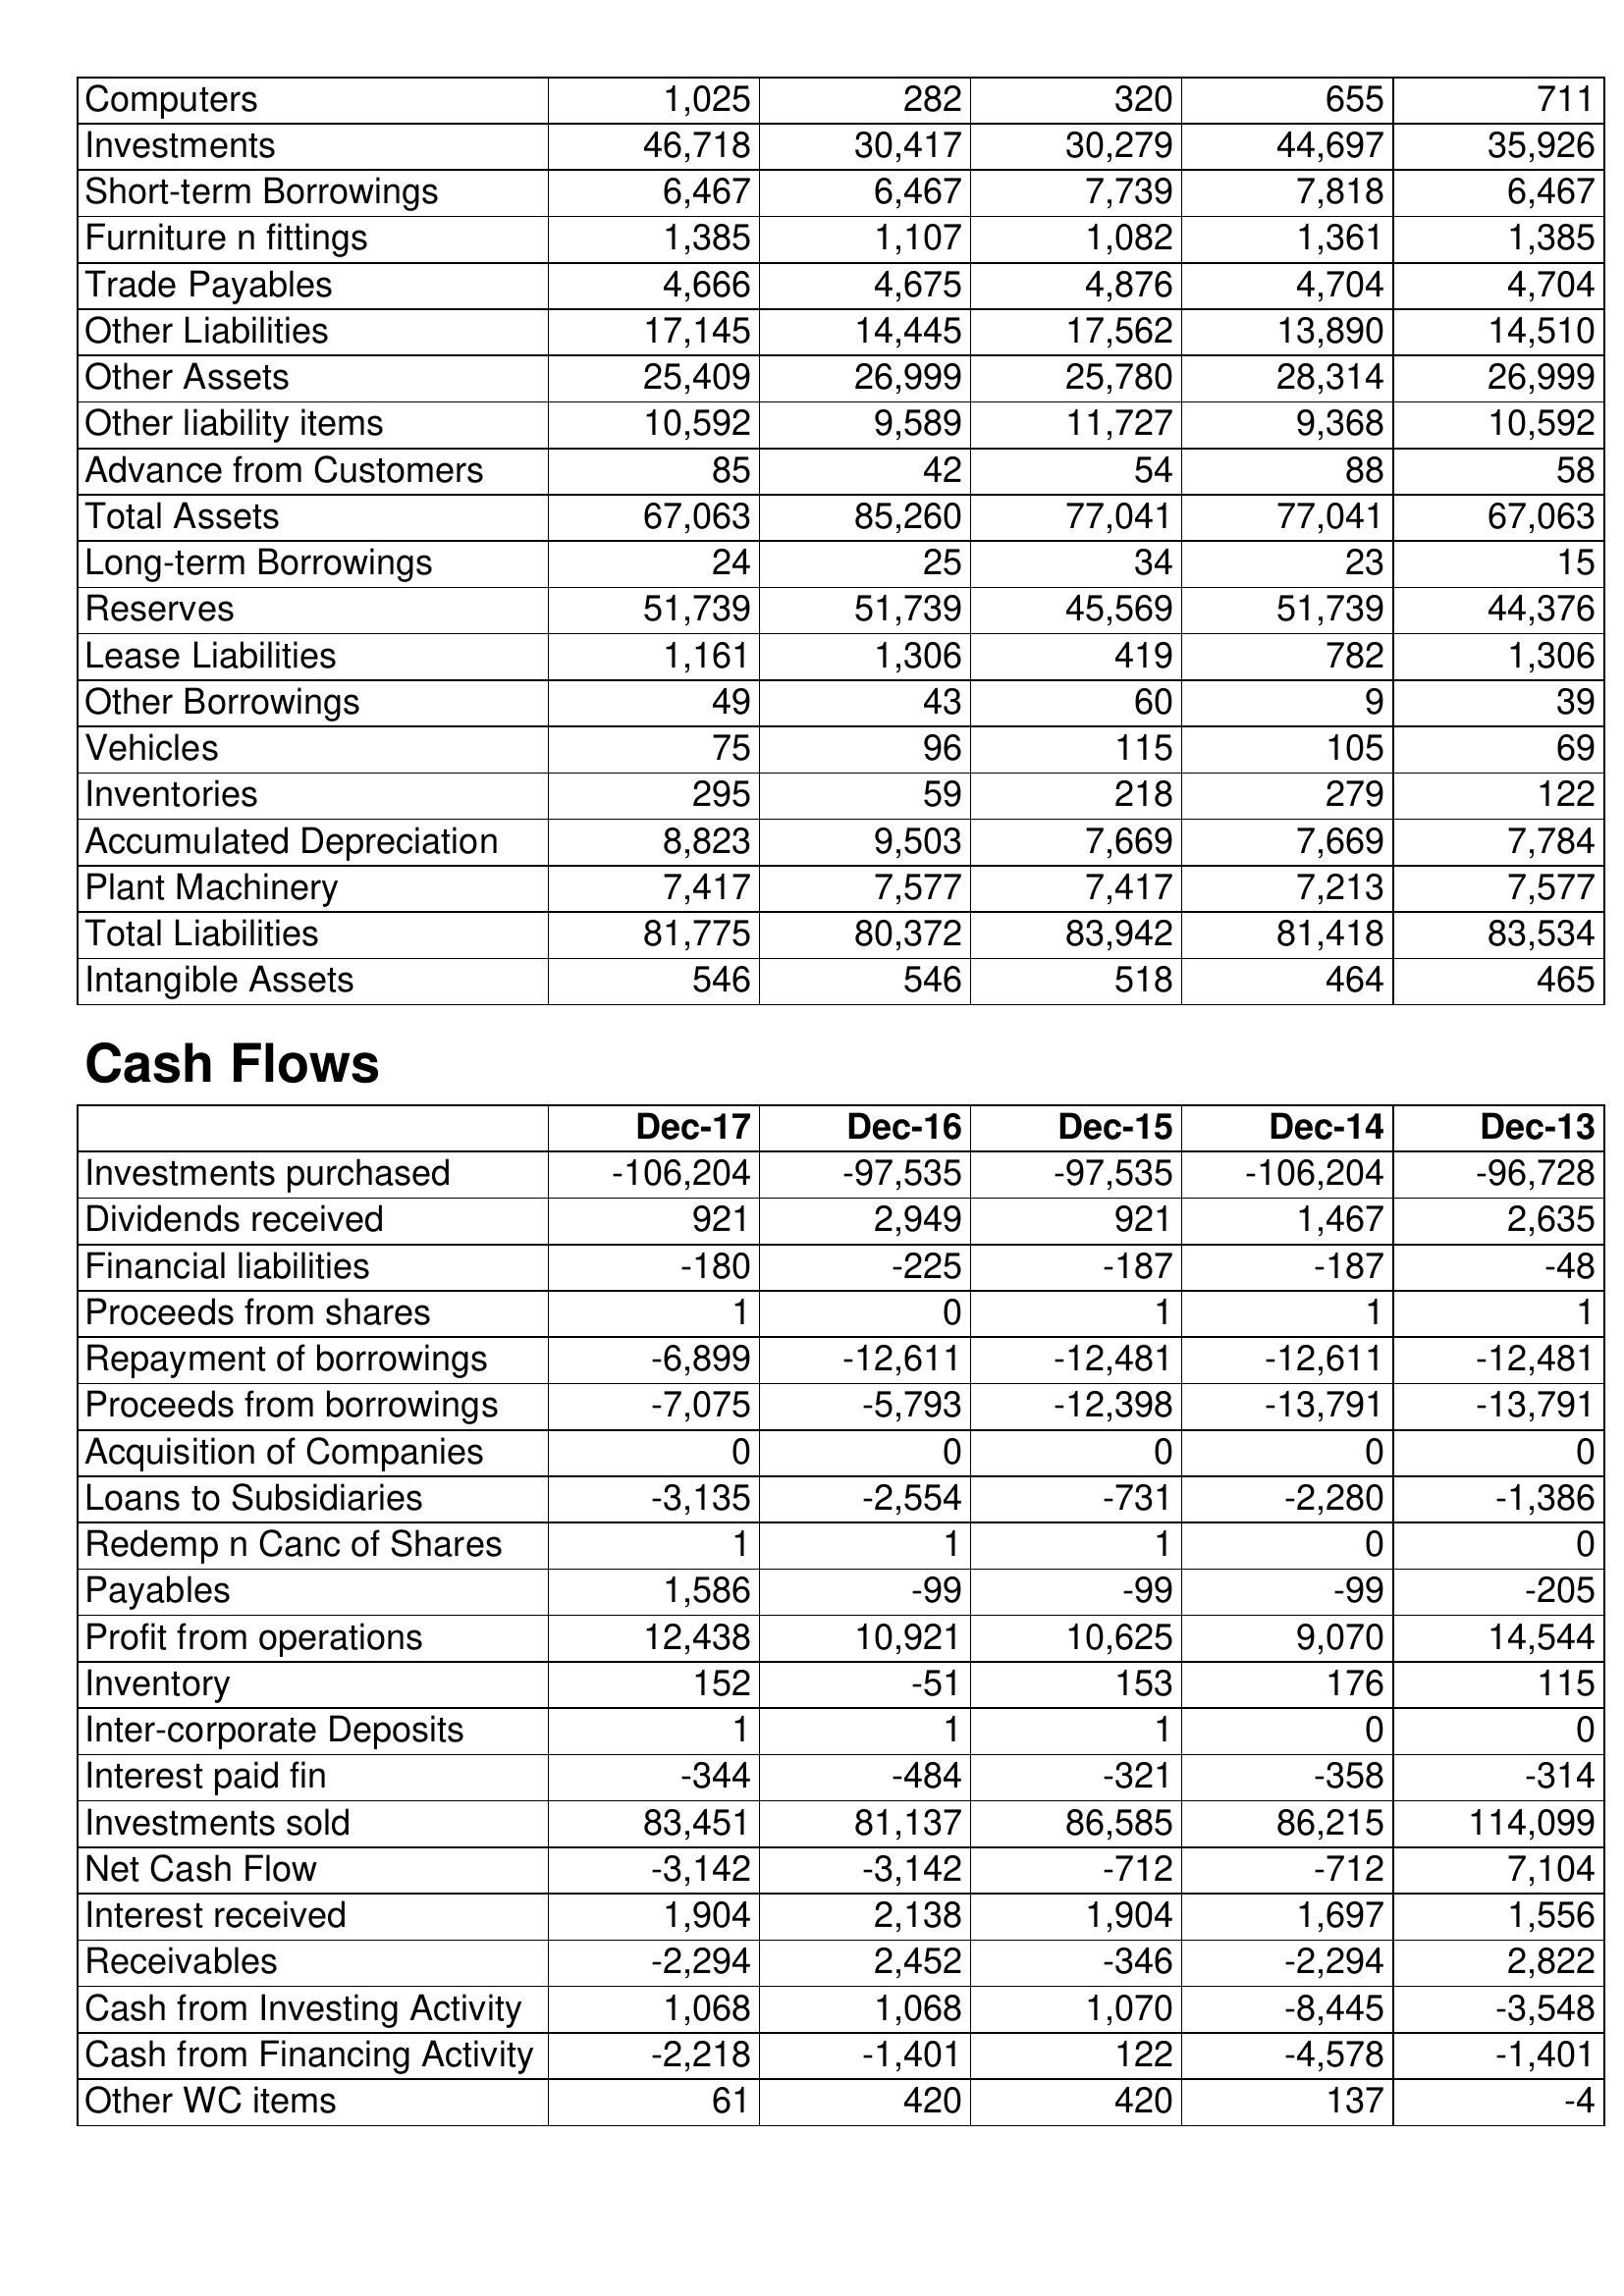
Dec-17: Balance Sheet: Computers: 1,025
Investments: 46,718
Short-term Borrowings: 6,467
Furniture n fittings: 1,385
Trade Payables: 4,666
Other Liabilities: 17,145
Other Assets: 25,409
Other liability items: 10,592
Advance from Customers: 85
Total Assets: 67,063
Long-term Borrowings: 24
Reserves: 51,739
Lease Liabilities: 1,161
Other Borrowings: 49
Vehicles: 75
Inventories: 295
Accumulated Depreciation: 8,823
Plant Machinery: 7,417
Total Liabilities: 81,775
Intangible Assets: 546
Cash Flows: Investments purchased: -106,204
Dividends received: 921
Financial liabilities: -180
Proceeds from shares: 1
Repayment of borrowings: -6,899
Proceeds from borrowings: -7,075
Acquisition of Companies: 0
Loans to Subsidiaries: -3,135
Redemp n Canc of Shares: 1
Payables: 1,586
Profit from operations: 12,438
Inventory: 152
Inter-corporate Deposits: 1
Interest paid fin: -344
Investments sold: 83,451
Net Cash Flow: -3,142
Interest received: 1,904
Receivables: -2,294
Cash from Investing Activity: 1,068
Cash from Financing Activity: -2,218
Other WC items: 61
Dec-16: Balance Sheet: Computers: 282
Investments: 30,417
Short-term Borrowings: 6,467
Furniture n fittings: 1,107
Trade Payables: 4,675
Other Liabilities: 14,445
Other Assets: 26,999
Other liability items: 9,589
Advance from Customers: 42
Total Assets: 85,260
Long-term Borrowings: 25
Reserves: 51,739
Lease Liabilities: 1,306
Other Borrowings: 43
Vehicles: 96
Inventories: 59
Accumulated Depreciation: 9,503
Plant Machinery: 7,577
Total Liabilities: 80,372
Intangible Assets: 546
Cash Flows: Investments purchased: -97,535
Dividends received: 2,949
Financial liabilities: -225
Proceeds from shares: 0
Repayment of borrowings: -12,611
Proceeds from borrowings: -5,793
Acquisition of Companies: 0
Loans to Subsidiaries: -2,554
Redemp n Canc of Shares: 1
Payables: -99
Profit from operations: 10,921
Inventory: -51
Inter-corporate Deposits: 1
Interest paid fin: -484
Investments sold: 81,137
Net Cash Flow: -3,142
Interest received: 2,138
Receivables: 2,452
Cash from Investing Activity: 1,068
Cash from Financing Activity: -1,401
Other WC items: 420
Dec-15: Balance Sheet: Computers: 320
Investments: 30,279
Short-term Borrowings: 7,739
Furniture n fittings: 1,082
Trade Payables: 4,876
Other Liabilities: 17,562
Other Assets: 25,780
Other liability items: 11,727
Advance from Customers: 54
Total Assets: 77,041
Long-term Borrowings: 34
Reserves: 45,569
Lease Liabilities: 419
Other Borrowings: 60
Vehicles: 115
Inventories: 218
Accumulated Depreciation: 7,669
Plant Machinery: 7,417
Total Liabilities: 83,942
Intangible Assets: 518
Cash Flows: Investments purchased: -97,535
Dividends received: 921
Financial liabilities: -187
Proceeds from shares: 1
Repayment of borrowings: -12,481
Proceeds from borrowings: -12,398
Acquisition of Companies: 0
Loans to Subsidiaries: -731
Redemp n Canc of Shares: 1
Payables: -99
Profit from operations: 10,625
Inventory: 153
Inter-corporate Deposits: 1
Interest paid fin: -321
Investments sold: 86,585
Net Cash Flow: -712
Interest received: 1,904
Receivables: -346
Cash from Investing Activity: 1,070
Cash from Financing Activity: 122
Other WC items: 420
Dec-14: Balance Sheet: Computers: 655
Investments: 44,697
Short-term Borrowings: 7,818
Furniture n fittings: 1,361
Trade Payables: 4,704
Other Liabilities: 13,890
Other Assets: 28,314
Other liability items: 9,368
Advance from Customers: 88
Total Assets: 77,041
Long-term Borrowings: 23
Reserves: 51,739
Lease Liabilities: 782
Other Borrowings: 9
Vehicles: 105
Inventories: 279
Accumulated Depreciation: 7,669
Plant Machinery: 7,213
Total Liabilities: 81,418
Intangible Assets: 464
Cash Flows: Investments purchased: -106,204
Dividends received: 1,467
Financial liabilities: -187
Proceeds from shares: 1
Repayment of borrowings: -12,611
Proceeds from borrowings: -13,791
Acquisition of Companies: 0
Loans to Subsidiaries: -2,280
Redemp n Canc of Shares: 0
Payables: -99
Profit from operations: 9,070
Inventory: 176
Inter-corporate Deposits: 0
Interest paid fin: -358
Investments sold: 86,215
Net Cash Flow: -712
Interest received: 1,697
Receivables: -2,294
Cash from Investing Activity: -8,445
Cash from Financing Activity: -4,578
Other WC items: 137
Dec-13: Balance Sheet: Computers: 711
Investments: 35,926
Short-term Borrowings: 6,467
Furniture n fittings: 1,385
Trade Payables: 4,704
Other Liabilities: 14,510
Other Assets: 26,999
Other liability items: 10,592
Advance from Customers: 58
Total Assets: 67,063
Long-term Borrowings: 15
Reserves: 44,376
Lease Liabilities: 1,306
Other Borrowings: 39
Vehicles: 69
Inventories: 122
Accumulated Depreciation: 7,784
Plant Machinery: 7,577
Total Liabilities: 83,534
Intangible Assets: 465
Cash Flows: Investments purchased: -96,728
Dividends received: 2,635
Financial liabilities: -48
Proceeds from shares: 1
Repayment of borrowings: -12,481
Proceeds from borrowings: -13,791
Acquisition of Companies: 0
Loans to Subsidiaries: -1,386
Redemp n Canc of Shares: 0
Payables: -205
Profit from operations: 14,544
Inventory: 115
Inter-corporate Deposits: 0
Interest paid fin: -314
Investments sold: 114,099
Net Cash Flow: 7,104
Interest received: 1,556
Receivables: 2,822
Cash from Investing Activity: -3,548
Cash from Financing Activity: -1,401
Other WC items: -4